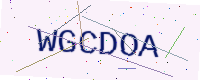
Text: WGCDOA